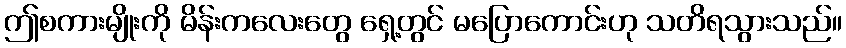
ဤစကားမျိုးကို မိန်းကလေးတွေ ရှေ့တွင် မပြောကောင်းဟု သတိရသွားသည်။